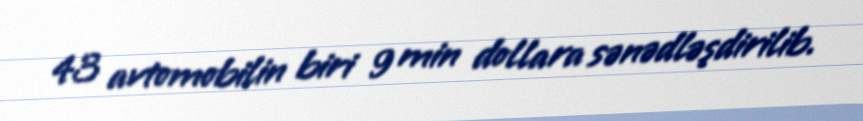
43 avtomobilin biri 9 min dollara sənədləşdirilib.